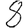
Digit: 8